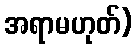
အရာမဟုတ်)